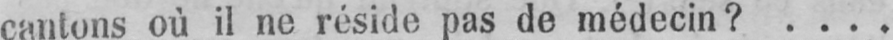
cantons où il ne réside pas de médecin? ....